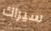
سيراك